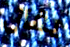
يقال